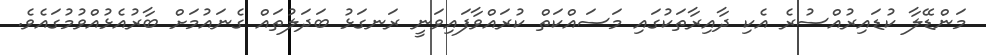
މަންޑޭލާ ކުޑައިރުއްސުރެ އެކި ދާއިރާތަކުގައި މަސައްކަތް ކުރައްވާފައިވަނީ ރަނގަޅު ބަދަލުތައް ގެނައުމަށް ބާރުއެޅުއްވުމުގައެވެ.